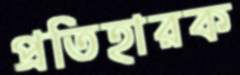
প্রতিহারক